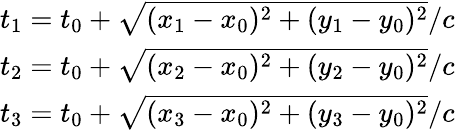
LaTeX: \begin{array}{l}{t_{1}=t_{0}+\sqrt{(x_{1}-x_{0})^{2}+(y_{1}-y_{0})^{2}}/c}\\ {t_{2}=t_{0}+\sqrt{(x_{2}-x_{0})^{2}+(y_{2}-y_{0})^{2}}/c}\\ {t_{3}=t_{0}+\sqrt{(x_{3}-x_{0})^{2}+(y_{3}-y_{0})^{2}}/c}\end{array}